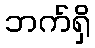
ဘက်ရှိ